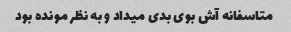
متاسفانه آش بوی بدی میداد و به نظر مونده بود